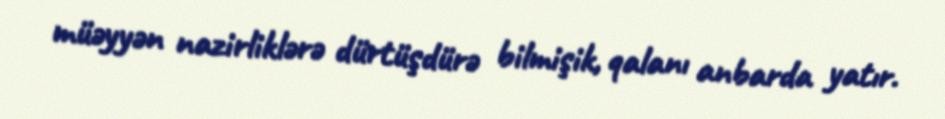
müəyyən nazirliklərə dürtüşdürə bilmişik, qalanı anbarda yatır.